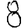
Digit: 8